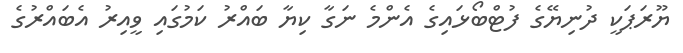
ޔޫރަޕަކީ ދުނިޔޭގެ ފުޓްބޯޅައިގެ އެންމެ ނަގާ ކިޔާ ބައްރު ކަމުގައި ވީއިރު އެބައްރުގެ